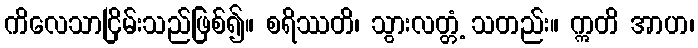
ကိလေသာငြိမ်းသည်ဖြစ်၍။ စရိဿတိ၊ သွားလတ္တံ့ သတည်း။ ဣတိ အာဟ၊